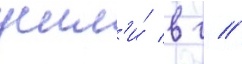
ушл'и́ в г //